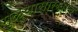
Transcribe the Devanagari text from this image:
मुळ्यासारखाच